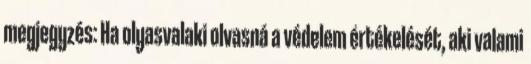
megjegyzés: Ha olyasvalaki olvasná a védelem értékelését, aki valami